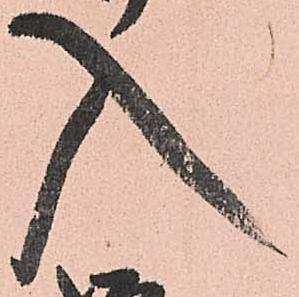
入